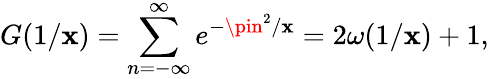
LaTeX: G(1/\mathbf{x})=\sum_{n=-\infty}^{\infty}e^{-\pin^{2}/\mathbf{x}}=2\omega(1/\mathbf{x})+1,